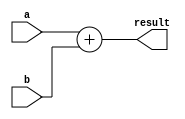
module continuous_assignment_statement(
    input [3:0] a,
    input [3:0] b,
    output [3:0] result
);

assign result = a + b;

endmodule